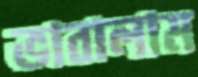
ভাবালাম